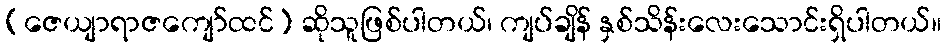
(ဇေယျာရာဇကျော်ထင်) ဆိုသူဖြစ်ပါတယ်၊ ကျပ်ချိန် နှစ်သိန်းလေးသောင်းရှိပါတယ်။